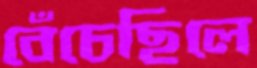
বেঁচেছিলে